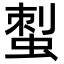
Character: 𧌐